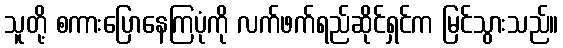
သူတို့ စကားပြောနေကြပုံကို လက်ဖက်ရည်ဆိုင်ရှင်က မြင်သွားသည်။